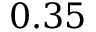
0 . 3 5